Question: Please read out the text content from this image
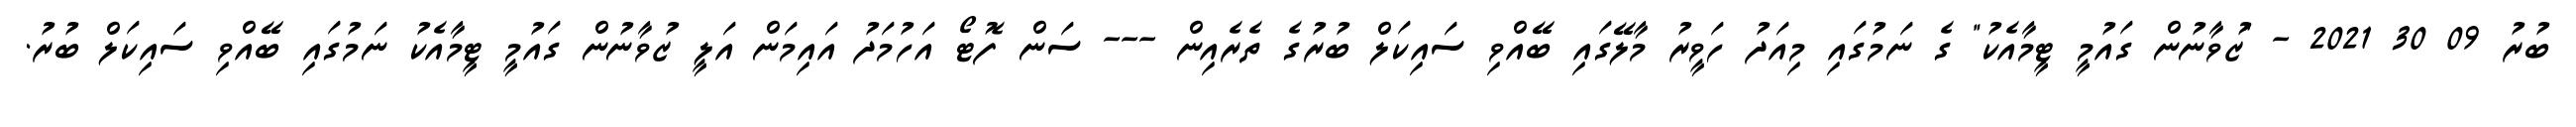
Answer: ބުރު 09 30 2021 - "ޒުވާނުން ގައުމީ ޓީމާއެކު" ގެ ނަމުގައި މިއަދު ހަވީރު މާލޭގައި ބޭއްވި ސައިކަލް ބުރުގެ ތެރެއިން --- ސަން ފޮޓޯ އަހުމަދު އައިމަން އަލީ ޒުވާނުން ގައުމީ ޓީމާއެކު ނަމުގައި ބޭއްވި ސައިކަލް ބުރު.